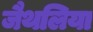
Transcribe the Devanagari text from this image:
जैथलिया